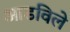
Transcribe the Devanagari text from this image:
आडविले